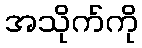
အသိုက်ကို